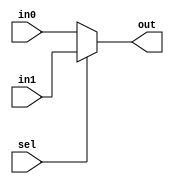
//-----------------------------------------------------------------------------
//
// Title       : mux
// Design      : mips pilining
// Author      : 
// Company     : 
//
//-----------------------------------------------------------------------------
//
// Generated   : Thu Dec 24 14:41:21 2015
// From        : interface description file
// By          : Itf2Vhdl ver. 1.22
//
//-----------------------------------------------------------------------------
//
// Description : 
//
//-----------------------------------------------------------------------------
`timescale 1 ns / 1 ps

//{{ Section below this comment is automatically maintained
//   and may be overwritten
//{module {mux}}
module mux (
 in0      , // Mux first input
in1      , // Mux Second input
sel        , // Select input
out      // Mux output
);
 //-----------Input Ports---------------
input in0, in1, sel ;
//-----------Output Ports---------------
output out;
//------------Internal Variables--------
wire  out;
//-------------Code Start-----------------
assign out = (sel) ? in1 : in0;

endmodule //End Of Module mux
//}} End of automatically maintained section

// -- Enter your statements here -- //